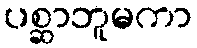
ပစ္ဆာဘူမကာ